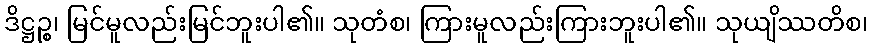
ဒိဋ္ဌဉ္စ၊ မြင်မူလည်းမြင်ဘူးပါ၏။ သုတံစ၊ ကြားမူလည်းကြားဘူးပါ၏။ သုယျိဿတိစ၊